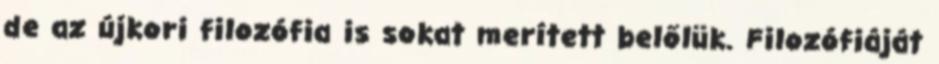
de az újkori filozófia is sokat merített belőlük. Filozófiáját